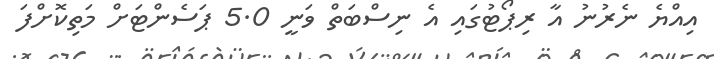
އިއްޔެ ނެރުނު އާ ރިޕޯޓުގައި އެ ނިސްބަތް ވަނީ 5.0 ޕަސެންޓަަށް މަތިކޮށްފަ